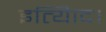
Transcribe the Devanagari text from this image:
इत्यािद।